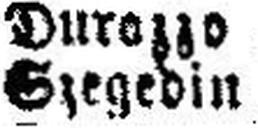
Szegedin